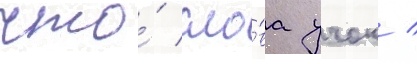
что́ сло́ва учок /